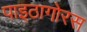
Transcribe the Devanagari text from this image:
पाइठागोरस